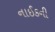
નાઈકની